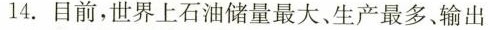
14.目前，世界上石油储量最大、生产最多、输出